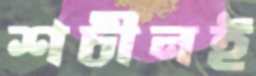
শচীনই